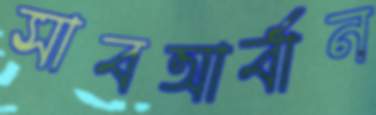
সাবআর্বান